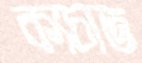
কাচাত